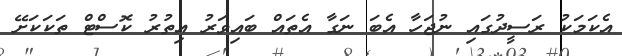
އެކަމަކު ރަސީދުގައި ނުޖަހާ އެބަ ނަގާ އެތައް ބައިވަރު އިތުރު ކޮސްޓް ތަކަކަށޭ